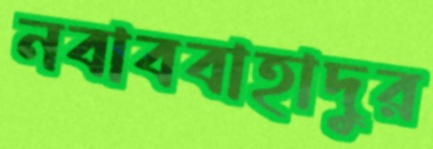
নবাববাহাদুর